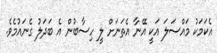
އެކަމަކު މައްސަލަ އަކީ އޭނާ އެތަނަށް ލީ ހިސާބުން އެ ބަދަލު ގެނައުމެވެ.